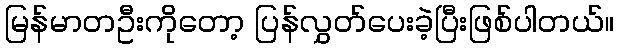
မြန်မာတဦးကိုတော့ ပြန်လွှတ်ပေးခဲ့ပြီးဖြစ်ပါတယ်။